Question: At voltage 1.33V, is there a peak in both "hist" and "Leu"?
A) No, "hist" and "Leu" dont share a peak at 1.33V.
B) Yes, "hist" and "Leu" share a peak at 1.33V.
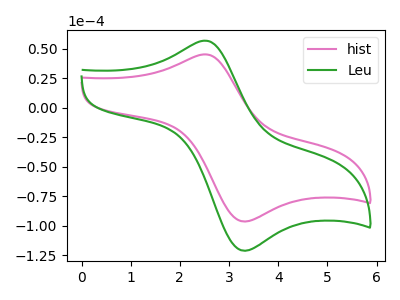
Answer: <think>The pink curve "hist" has an anodic peak at (2.55V, 45.30uA) and a cathodic peak at (3.30V, -96.45uA). The green curve "Leu" has an anodic peak at (2.55V, 56.90uA) and a cathodic peak at (3.30V, -121.25uA).</think>
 <answer>A) No, "hist" and "Leu" dont share a peak at 1.33V.</answer>
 <eval>A</eval>